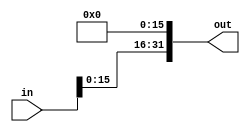
module sixteen_bit_sll(in, out);
	input [ 31 : 0 ] in; 
	output [ 31 : 0 ] out;
	
	genvar i; 
	generate 
		for(i = 31; i>15;  i=i-1) begin : loop2
			assign out[i] = in[i-16]; 
		end
	endgenerate	
	

	genvar j; 
	generate
		for(j = 0; j<16; j = j+1) begin : loop3
		   assign out[j] = 0; 
		end
	endgenerate
	
endmodule